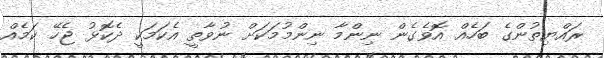
ރައްޔިތުންގެ ބަހެއް އޮވެގެން ނިންމާ ނިންމުމަކަށް ނުވާތީ އެކަމަކީ ދެކޮޅު ޖެހޭ ކަމެއް